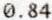
0.84